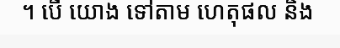
។ បើ យោង ទៅតាម ហេតុផល និង